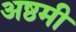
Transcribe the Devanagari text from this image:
अष्ठमी